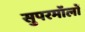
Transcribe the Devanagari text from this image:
सुपरमॉलों